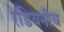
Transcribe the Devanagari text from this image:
रेडियनीय